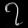
Digit: ၇